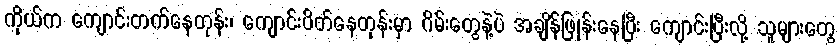
ကိုယ်က ကျောင်းတက်နေတုန်း၊ ကျောင်းပိတ်နေတုန်းမှာ ဂိမ်းတွေနဲ့ပဲ အချိန်ဖြုန်းနေပြီး ကျောင်းပြီးလို့ သူများတွေ